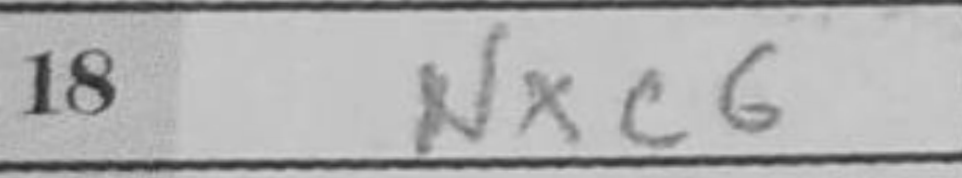
Transcription: Nxc6